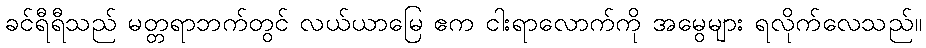
ခင်ရီရီသည် မတ္တရာဘက်တွင် လယ်ယာမြေ ဧက ငါးရာလောက်ကို အမွေများ ရလိုက်လေသည်။